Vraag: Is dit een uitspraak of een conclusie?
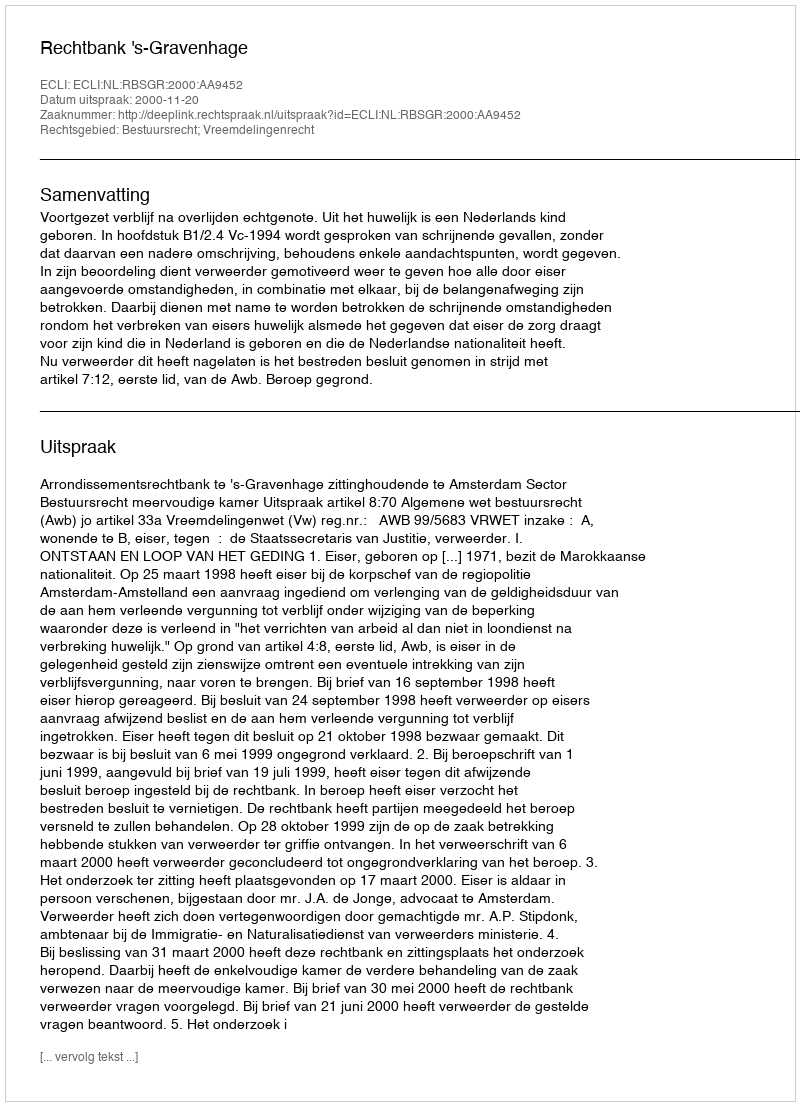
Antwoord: Uitspraak